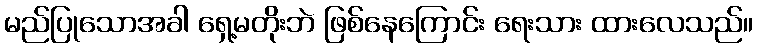
မည်ပြုသောအခါ ရှေ့မတိုးဘဲ ဖြစ်နေကြောင်း ရေးသား ထားလေသည်။